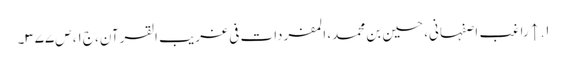
۱. ↑ راغب اصفہانی، حسین بن محمد، المفردات فی غریب القرآن، ج۱، ص۳۷۷۔